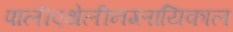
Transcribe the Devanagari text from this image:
पालीएथेलीनग्लायिकाल